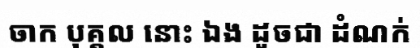
ចាក បុគ្គល នោះ ឯង ដូចជា ដំណក់